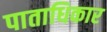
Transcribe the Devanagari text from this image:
पाताधिकार